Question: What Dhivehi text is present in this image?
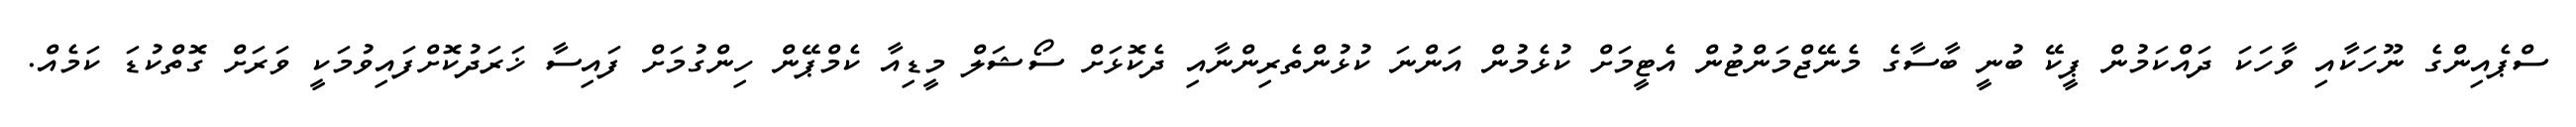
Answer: ސްޕެއިންގެ ނޫހަކާއި ވާހަކަ ދައްކަމުން ޕީކޭ ބުނީ ބާސާގެ މެނޭޖްމަންޓުން އެޓީމަށް ކުޅެމުން އަންނަ ކުޅުންތެރިންނާއި ދެކޮޅަށް ސޯޝަލް މީޑިއާ ކެމްޕޭން ހިންގުމަށް ފައިސާ ޚަރަދުކޮށްފައިވުމަކީ ވަރަށް ގޮތްކުޑަ ކަމެއް.